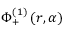
\Phi _ { + } ^ { ( 1 ) } \left( r , \alpha \right)